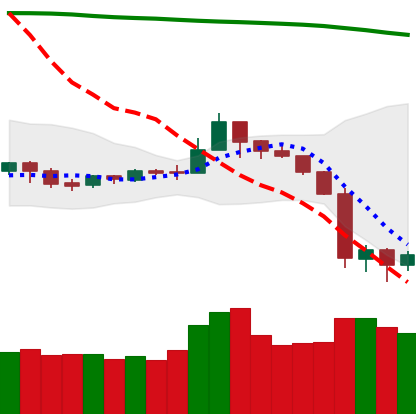
Ticker: NEO-USD
Chart end date: 2019-09-27
Forward return: 3.775%
Label: up_3_5